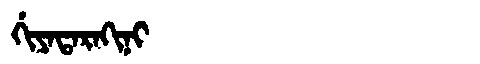
Manchu: ᡤᡳᠶᠠᡨᠠᡵᠠᡴᡳᠨᡳ
Romanization: GIYATARAKINI